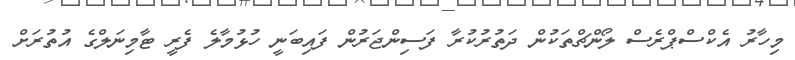
މިހާރު އެކްސްޕްރެސް ލޯންޗްތަކުން ދަތުރުކުރާ ފަސިންޖަރުން ފައިބަނީ ހުޅުމާލެ ފެރީ ޓާމިނަލްގެ އުތުރަށް